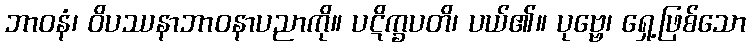
ဘာဝနံ၊ ဝိပဿနာဘာဝနာပညာကို။ ပဋိက္ခပတိ၊ ပယ်၏။ ပုဗ္ဗေ၊ ရှေ့ဖြစ်သော